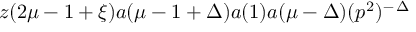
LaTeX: z ( 2 \mu - 1 + \xi ) a ( \mu - 1 + \Delta ) a ( 1 ) a ( \mu - \Delta ) ( p ^ { 2 } ) ^ { - \, \Delta }